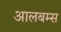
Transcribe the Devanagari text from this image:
आलबम्स